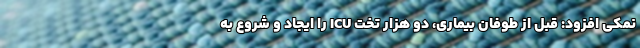
نمکی افزود: قبل از طوفان بیماری، دو هزار تخت ICU را ایجاد و شروع به